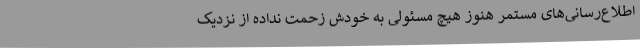
اطلاع‌رسانی‌های مستمر هنوز هیچ مسئولی به خودش زحمت نداده از نزدیک